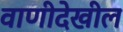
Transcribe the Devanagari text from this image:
वाणीदेखील